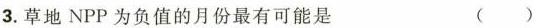
3.草地NPP为负值的月份最有可能是 ( )